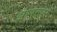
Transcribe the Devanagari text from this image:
झामटपुर